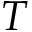
T